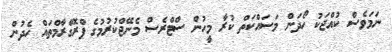
ނަމަވެސް ކުއްޖަކު ހޯދަން މަސައްކަތް ކުރާ މީހުން ސްޓްރެސް މެނޭޖްކުރުމުގެ ޕްރޮގްރާމްތައް ހެދުން